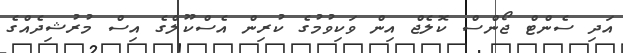
އަދި ސެންޓް ޖޯންސް ކޮލެޖް އިން ވަކިވުމުގެ ކުރިން އެސްކޫލްގެ އިސް މުރުޝިދެއްގެ